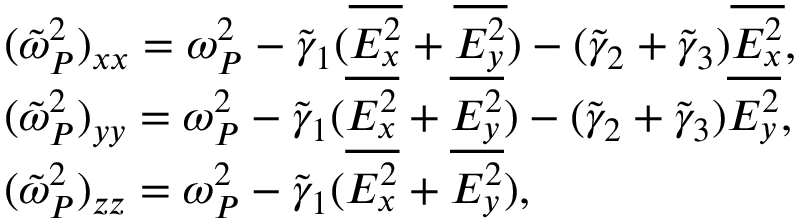
\begin{array} { r l } & { ( \tilde { \omega } _ { P } ^ { 2 } ) _ { x x } = \omega _ { P } ^ { 2 } - \tilde { \gamma } _ { 1 } ( \overline { { E _ { x } ^ { 2 } } } + \overline { { E _ { y } ^ { 2 } } } ) - ( \tilde { \gamma } _ { 2 } + \tilde { \gamma } _ { 3 } ) \overline { { E _ { x } ^ { 2 } } } , } \\ & { ( \tilde { \omega } _ { P } ^ { 2 } ) _ { y y } = \omega _ { P } ^ { 2 } - \tilde { \gamma } _ { 1 } ( \overline { { E _ { x } ^ { 2 } } } + \overline { { E _ { y } ^ { 2 } } } ) - ( \tilde { \gamma } _ { 2 } + \tilde { \gamma } _ { 3 } ) \overline { { E _ { y } ^ { 2 } } } , } \\ & { ( \tilde { \omega } _ { P } ^ { 2 } ) _ { z z } = \omega _ { P } ^ { 2 } - \tilde { \gamma } _ { 1 } ( \overline { { E _ { x } ^ { 2 } } } + \overline { { E _ { y } ^ { 2 } } } ) , } \end{array}